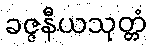
ခဇ္ဇနီယသုတ္တံ